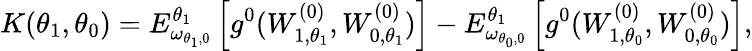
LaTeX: K(\theta_{1},\theta_{0})=E_{\omega_{\theta_{1},0}}^{\theta_{1}}\left[g^{0}(W_{1,\theta_{1}}^{(0)},W_{0,\theta_{1}}^{(0)})\right]-E_{\omega_{\theta_{0},0}}^{\theta_{1}}\left[g^{0}(W_{1,\theta_{0}}^{(0)},W_{0,\theta_{0}}^{(0)})\right],